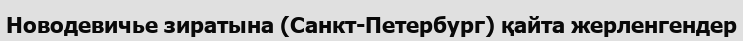
Новодевичье зиратына (Санкт-Петербург) қайта жерленгендер